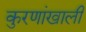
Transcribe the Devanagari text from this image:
कुरणांखाली